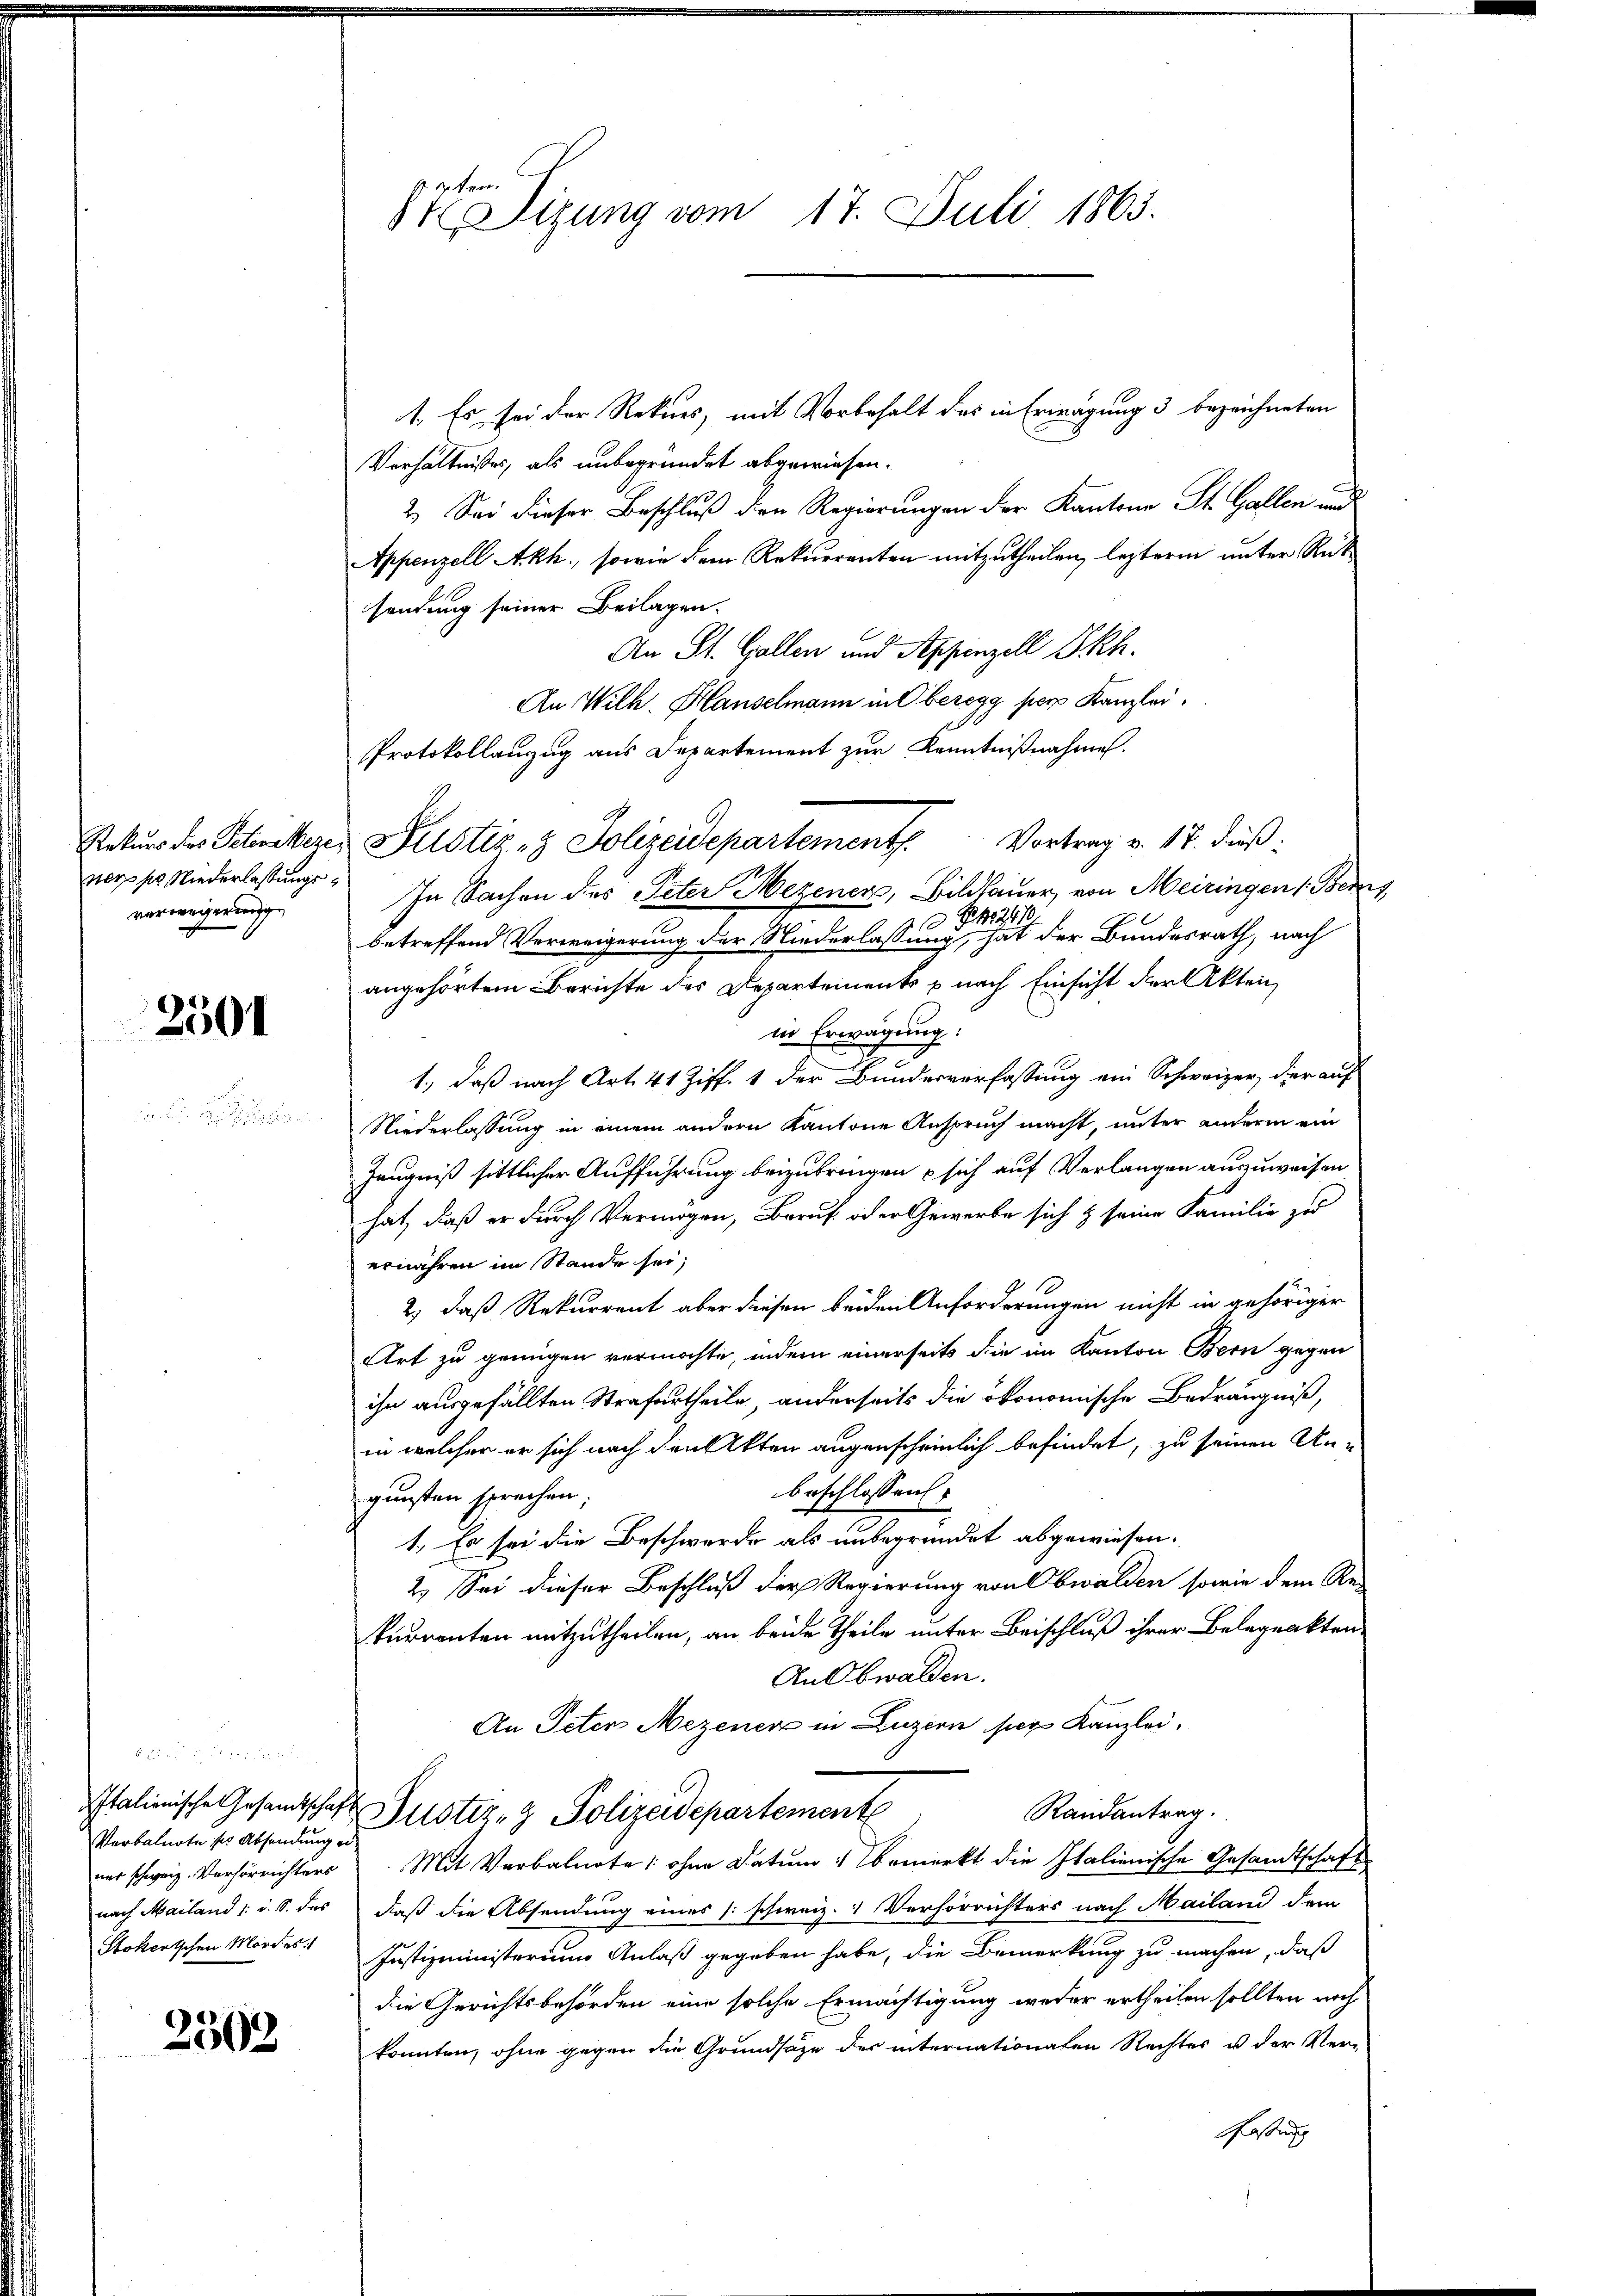
ners ses Niederlassungsverweigerung

2501

x 2
Verbalnote ser Absendung er¬

2302

z. Ver
8r Sitzung vom 17. Juli 1863.

1. Es sei der Rekurs, mit Vorbehalt das in Erwägung 3 bezeichneten
Verhältnisses, als unbegründet abgewiesen.
2.) Sei dieser Beschluß den Regierungen der Kantone St. Gallen und
Appenzell Akh., sowie dem Rekurrenten mitzutheilen, lezterm unter Rüt
sendung seiner Beilagen.
An St. Gallen und Appenzell Skh.
An Wilh. Hauselmann in Oberegg per Kanzlei.
Protokollanzug aus Departement zur Kenntnißnahme.
In Sachen des Peter Mezener, Bildhauer, von Meiringen (Berns,
B 2410
10
betreffend Verweigerung der Niederlassung, hat der Bundesrath, nach
angehörtem Berichte des Departements p nach Einsicht der Akten
in Erwägung:
1., daß nach Art. 41 Ziff. 1 der Bundesverfassung ein Schweizer, der auf
Niederlassung in einem andern Kantone Anspruch macht, unter andern ein
Zeugniß sittlicher Aufführung beizubringen & sich auf Verlangen auszuweisen
hat, daß er durch Vermögen, Beruf oder Gewerbe sich & seine Familie zu
ernähren im Stande sei,
2, daß Rekurrent aber diesen beiden Anforderungen nicht in gehöriger
Art zu genügen vermöchte, indem einerseits die im Kanton Bern gegen
ihn ausgefällten Strafurtheile, anderseits die ökonomische Bedrängniß,
in welcher er sich nach den Akten augenscheinlich befindet, zu seinen Un-
beschlossen
gunsten sprechen;
1. Es sei die Beschwerde als unbegründet abgewiesen.
2.) Sei dieser Beschluß der Regierung von Obwalden sowie dem Re-
kurrenten mitzutheilen, an beide Theile unter Beischluß ihrer Belegrakten.
An Obwalden.
An Peten Mezenen in Luzern ser Kanzlei.
Italienische Gesandtschaft Zustiz- & Polizeidepartement
Randantrag.
aas schweiz. Verhörrichters. Mit Verbalnote ohne Datum & bemerkt die Italienische Gesandtschaft
nach Mailand /: d. S. des daß die Absendung eines (schweiz. 1 Verhörrichters nach Mailand dem
Stokertschen Mordes Justizministerium Anlaß gegeben habe, die Bemerkung zu machen, daß
die Gerichtsbehörden eine solche Ermächtigung weder ertheilen sollten noch
konnten, ohne gegen die Grundsätze des internationalen Rechtes u der Ver¬
Fassung

Rekurs des Petreteres Justiz- & Polizeidepartement. Vortrag v. 17. dieß: